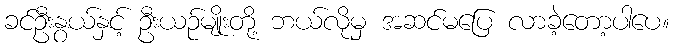
ခင်ဦးနွယ်နှင့် ဦးယဉ်မျိုးတို့ ဘယ်လိုမှ အဆင်မပြေ လာခဲ့တော့ပါပေ။